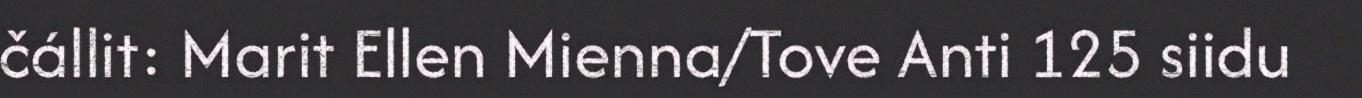
čállit: Marit Ellen Mienna/Tove Anti 125 siidu